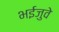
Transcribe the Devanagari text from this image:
भईजुवे